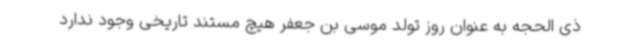
ذی الحجه به عنوان روز تولد موسی بن جعفر هیچ مستند تاریخی وجود ندارد